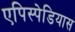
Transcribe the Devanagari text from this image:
एपिस्पेडियास